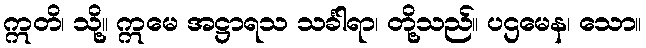
ဣတိ၊ သို့။ ဣမေ အဋ္ဌာရသ သင်္ခါရာ၊ တို့သည်။ ပဌမေန၊ သော။